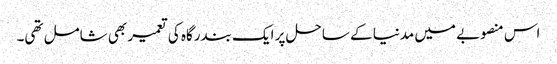
اس منصوبے میں مدنیا کے ساحل پر ایک بندرگاہ کی تعمیر بھی شامل تھی۔